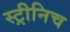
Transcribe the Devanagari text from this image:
स्ट्रीनिच